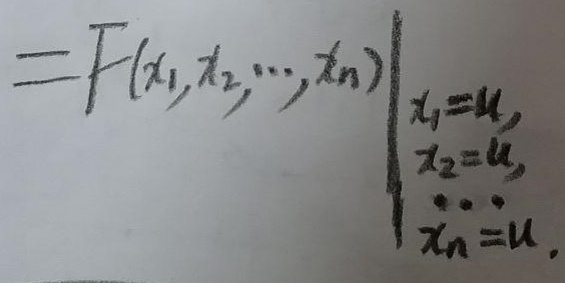
\[
=F(x_1,x_2,\cdots,x_n)\Bigg|_{\begin{array}{l}x_1 = u,\\x_2 = u,\\\cdots\\x_n = u\end{array}}
\]